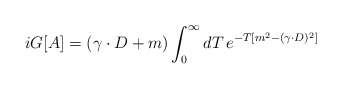
\begin{align*}iG[A]=(\gamma\cdot D+m)\int_0^\infty dT\,e^{-T[m^2-(\gamma\cdot D)^2]}\end{align*}